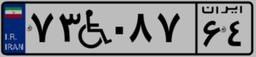
۲۷W۶۷۶۱۵